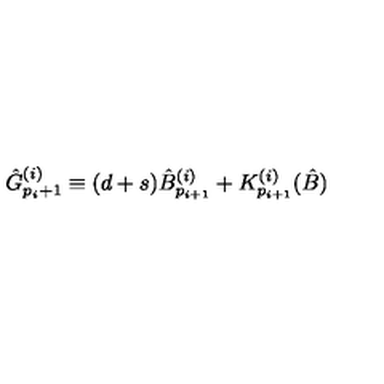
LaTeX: { \hat { G } } _ { p _ { i } + 1 } ^ { ( i ) } \equiv ( d + s ) { \hat { B } } _ { p _ { i + 1 } } ^ { ( i ) } + { K } _ { p _ { i + 1 } } ^ { ( i ) } ( \hat { B } )